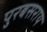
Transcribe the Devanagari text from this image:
पुरबसराय